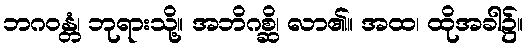
ဘဂဝန္တံ၊ ဘုရားသို့။ အဘိဂစ္ဆိ၊ လာ၏။ အထ၊ ထိုအခါ၌။